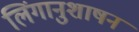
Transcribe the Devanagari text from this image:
लिंगानुशाषन